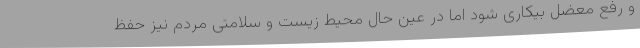
و رفع معضل بیکاری شود اما در عین حال محیط زیست و سلامتی مردم نیز حفظ